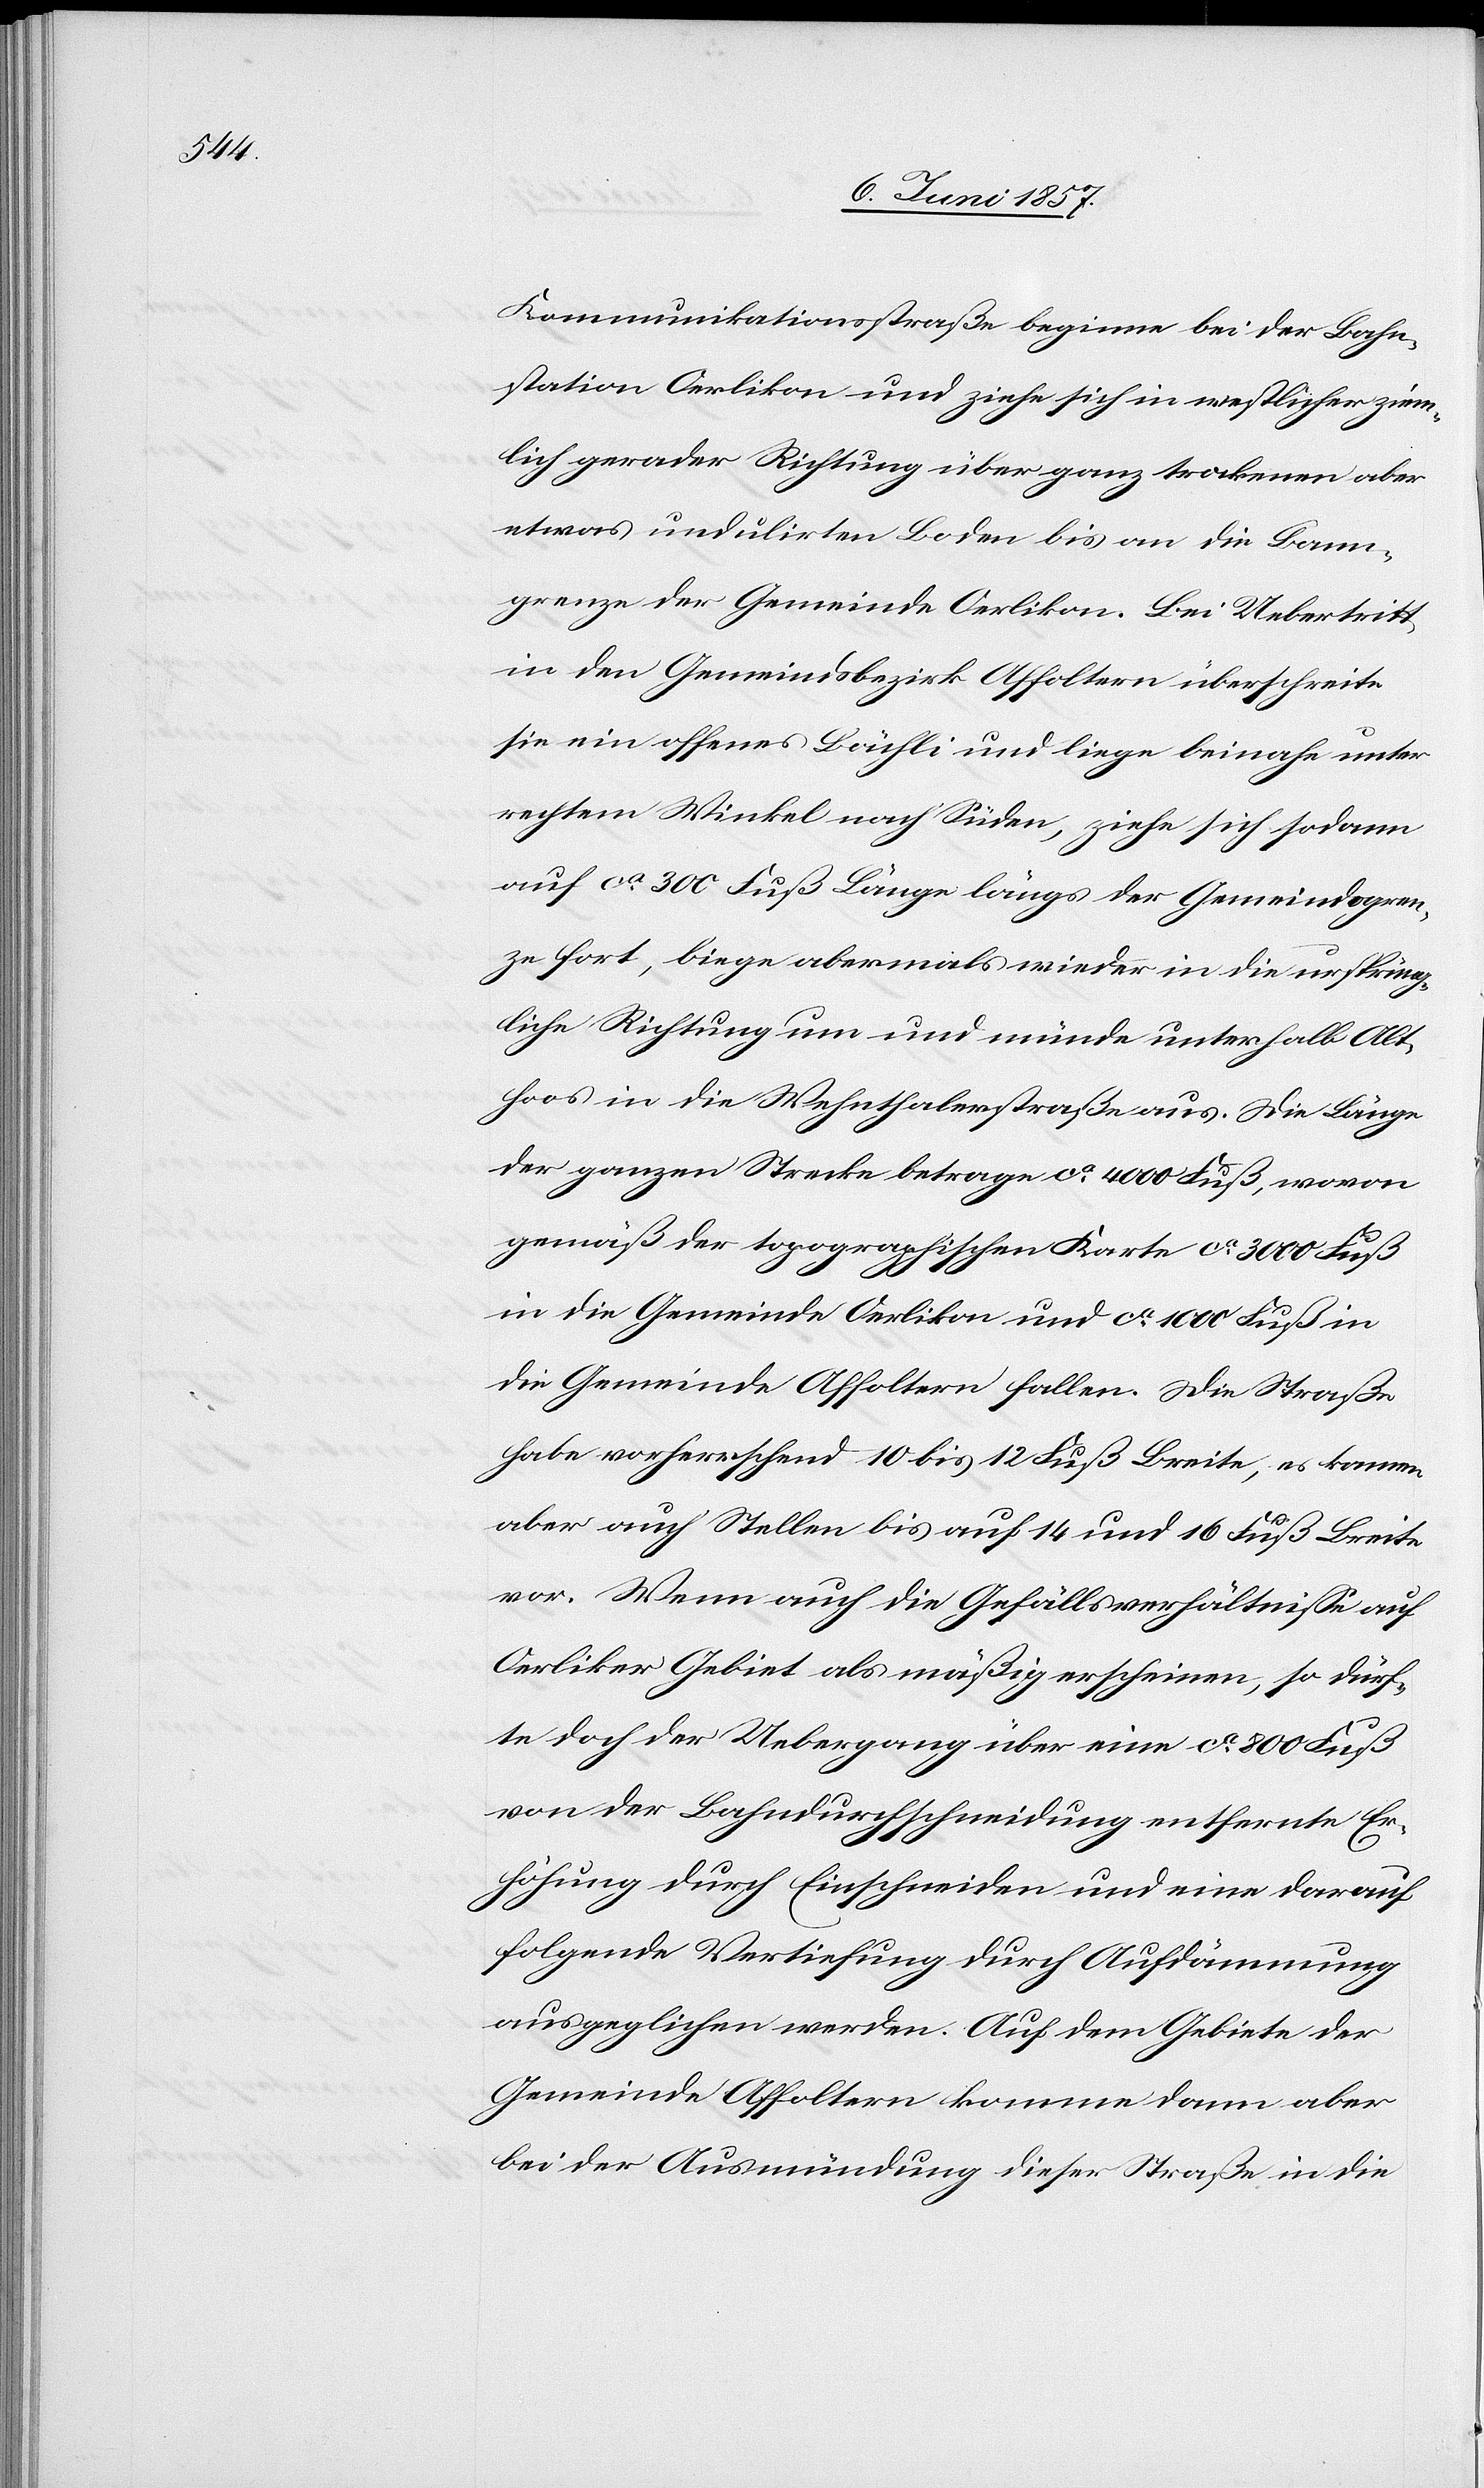
Kommunikationsstraße beginne bei der Bahn¬
station Oerlikon und ziehe sich in westlicher ziem¬
lich gerader Richtung über ganz trockenen aber
etwas undulirten Boden bis an die Bann¬
grenze der Gemeinde Oerlikon. Bei Uebertritt
in den Gemeindsbezirk Affoltern überschreite
sie ein offenes Bächli und liege beinahe unter
rechtem Winkel nach Süden, ziehe sich sodann
auf ca 300 Fuß Länge längs der Gemeindsgren¬
ze fort, biege abermals wieder in die ursprüng¬
liche Richtung um und münde unterhalb Alt¬
hoos in die Wehnthalerstraße aus. Die Länge
der ganzen Strecke betrage ca 4000 Fuß, wovon
gemäß der topographischen Karte ca 3000 Fuß
in die Gemeinde Oerlikon fallen. Die
habe vorherrschend 10 bis 12 Fuß Breite, es kommen
aber auch Stellen bis auf 14 und 16 Fuß Breite
vor. Wenn auch die Gefällsverhältnisse auf
Oerliker Gebiet als mäßig erscheinen, so dürf¬
te doch der Uebergang über eine ca 800 Fuß
von der Bahndurchschneidung entfernte Er¬
höhung durch Einschneiden und eine darauf
folgende Vertiefung durch Aufdämmung
ausgeglichen werden. Auf dem Gebiete der
Gemeinde Affoltern komme dann aber
bei der Ausmündung dieser Straße in die